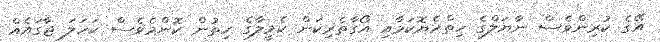
އޭގެ ކުރިންވެސް ނާޔަލްގެ ހިތްހެޔޮކަމާއި އޯގާތެރިކަން ކެމީލާގެ ހިތުން ކޮންމެވެސް ކަހަލަ ޖާގައެއް